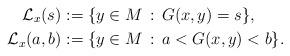
LaTeX: \begin{align*}\mathcal{L}_{x}(s) &:= \{y \in M\,:\,G(x,y)=s \},\\\mathcal{L}_{x}(a,b)&:= \{y \in M\,:\, a< G(x,y)< b \}.\end{align*}